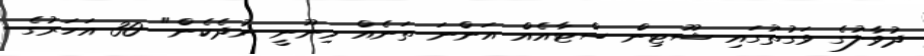
ދުވާލުގެ ވަގުތުގައި ޝޫޓިން ސްޓާއެއް އަންނަ ތަނެއް މިނޫނީ ނުދެކެން" 30 އަހަރުގެ